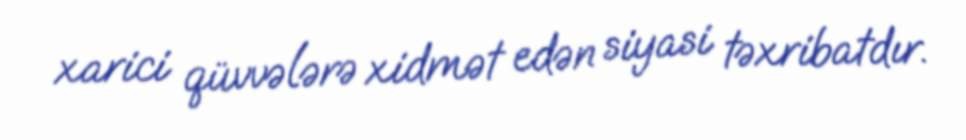
xarici qüvvələrə xidmət edən siyasi təxribatdır.